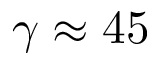
\gamma \approx 4 5